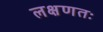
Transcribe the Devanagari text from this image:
लक्षणतः